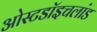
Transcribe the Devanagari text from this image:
ओस्टडॉइचलांड